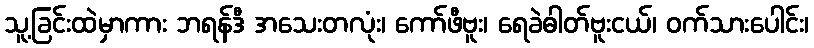
သူ့ခြင်းထဲမှာကား ဘရန်ဒီ အသေးတလုံး၊ ကော်ဖီဗူး၊ ရေခဲဓါတ်ဗူးငယ်၊ ဝက်သားပေါင်း၊